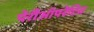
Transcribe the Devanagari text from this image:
पेरीऑपरेटिव